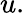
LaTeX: u.